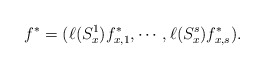
\begin{align*} f^* = (\ell({S^1_x}) f^*_{x,1}, \cdots , \ell({S^s_x}) f^*_{x,s}). \end{align*}